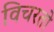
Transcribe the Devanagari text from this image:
विचरतो